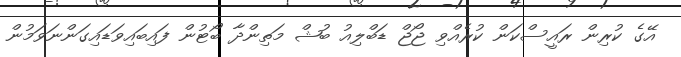
އޭގެ ކުރިން ރައީސްކަން ކުރެއްވި ޖޯޖް ޑަބްލިއު ބުޝް މަތިންދާ ބޯޓުން ފައިބައިވަޑައިގަންނަވަމުން